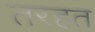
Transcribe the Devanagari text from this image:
तरहत